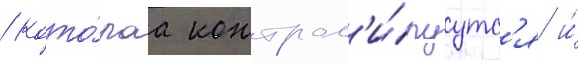
/ кото́раа контрол'и́руутс'я и́